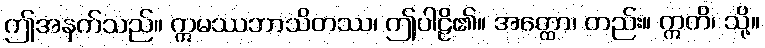
ဤအနက်သည်။ ဣမဿဘာသိတဿ၊ ဤပါဠိ၏။ အတ္ထော၊ တည်း။ ဣတိ၊ သို့။